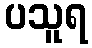
ပသူရ